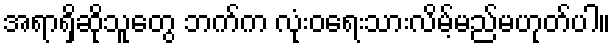
အရာရှိဆိုသူတွေ ဘက်က လုံးဝရေးသားလိမ့်မည်မဟုတ်ပါ။